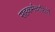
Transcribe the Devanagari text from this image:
सहकर्मचारियों